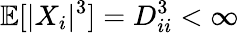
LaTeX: \mathbb{E}[|X_{i}|^{3}]=D_{ii}^{3}<\infty